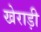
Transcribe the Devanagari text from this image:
खेराड़ी